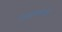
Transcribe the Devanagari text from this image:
नानारूपधर